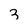
Character: 3